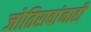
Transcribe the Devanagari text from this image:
जोतिरावांनाही